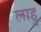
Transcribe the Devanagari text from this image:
लाहु